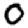
Digit: 0